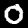
Digit: 0